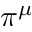
\pi ^ { \mu }